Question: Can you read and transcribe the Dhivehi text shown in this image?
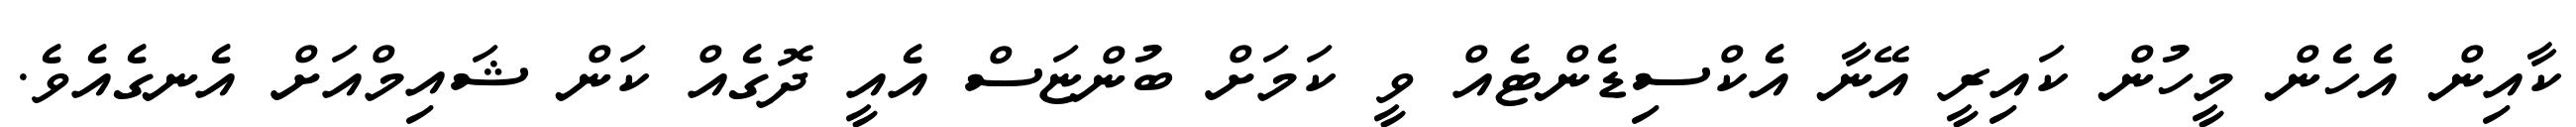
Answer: ކާއިން އެހެން މީހުން ކައިރީ އޭނާ އެކްސިޑެންޓެއް ވީ ކަމަށް ބުންޏަސް އެއީ ދޮގެއް ކަން ޝައިމްއަށް އެނގެއެވެ.